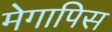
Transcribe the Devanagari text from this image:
मेगापिस